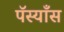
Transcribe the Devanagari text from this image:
पॅस्याँस